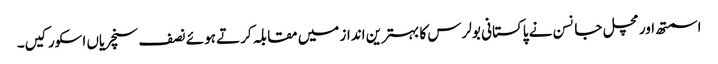
اسمتھ اور مچل جانسن نے پاکستانی بولرس کا بہترین انداز میں مقابلہ کرتے ہوئے نصف سنچریاں اسکور کیں۔